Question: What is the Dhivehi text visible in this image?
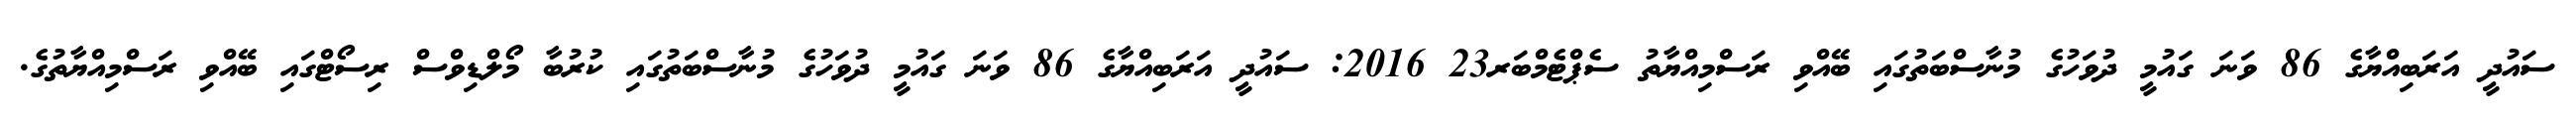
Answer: ސައުދީ އަރަބިއްޔާގެ 86 ވަނަ ގައުމީ ދުވަހުގެ މުނާސްބަތުގައި ބޭއްވި ރަސްމިއްޔާތު ސެޕްޓެމްބަރ23 2016: ސައުދީ އަރަބިއްޔާގެ 86 ވަނަ ގައުމީ ދުވަހުގެ މުނާސްބަތުގައި ކުރުބާ މޯލްޑިވްސް ރިސޯޓްގައި ބޭއްވި ރަސްމިއްޔާތުގެ.